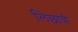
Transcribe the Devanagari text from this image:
लिछावी